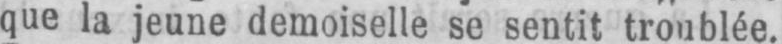
que la jeune demoiselle se sentit troublée.